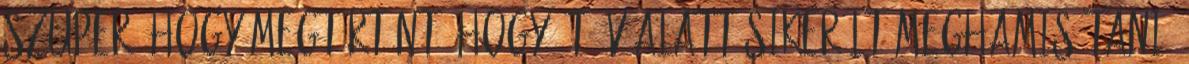
szuper. hogy megtörtént, hogy öt év alatt sikerült meghamisítani,